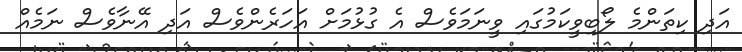
އަދި ކިތަންމެ ލޯބިވީކަމުގައި ވީނަމަވެސް އެ ގުޅުމަށް އަހަރެންވެސް އަދި އޭނާވެސް ނަމެއް